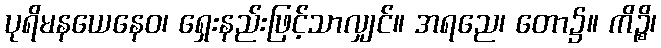
ပုရိမနယေနေဝ၊ ရှေးနည်းဖြင့်သာလျှင်။ အရညေ၊ တော၌။ ကိဉ္စိ၊